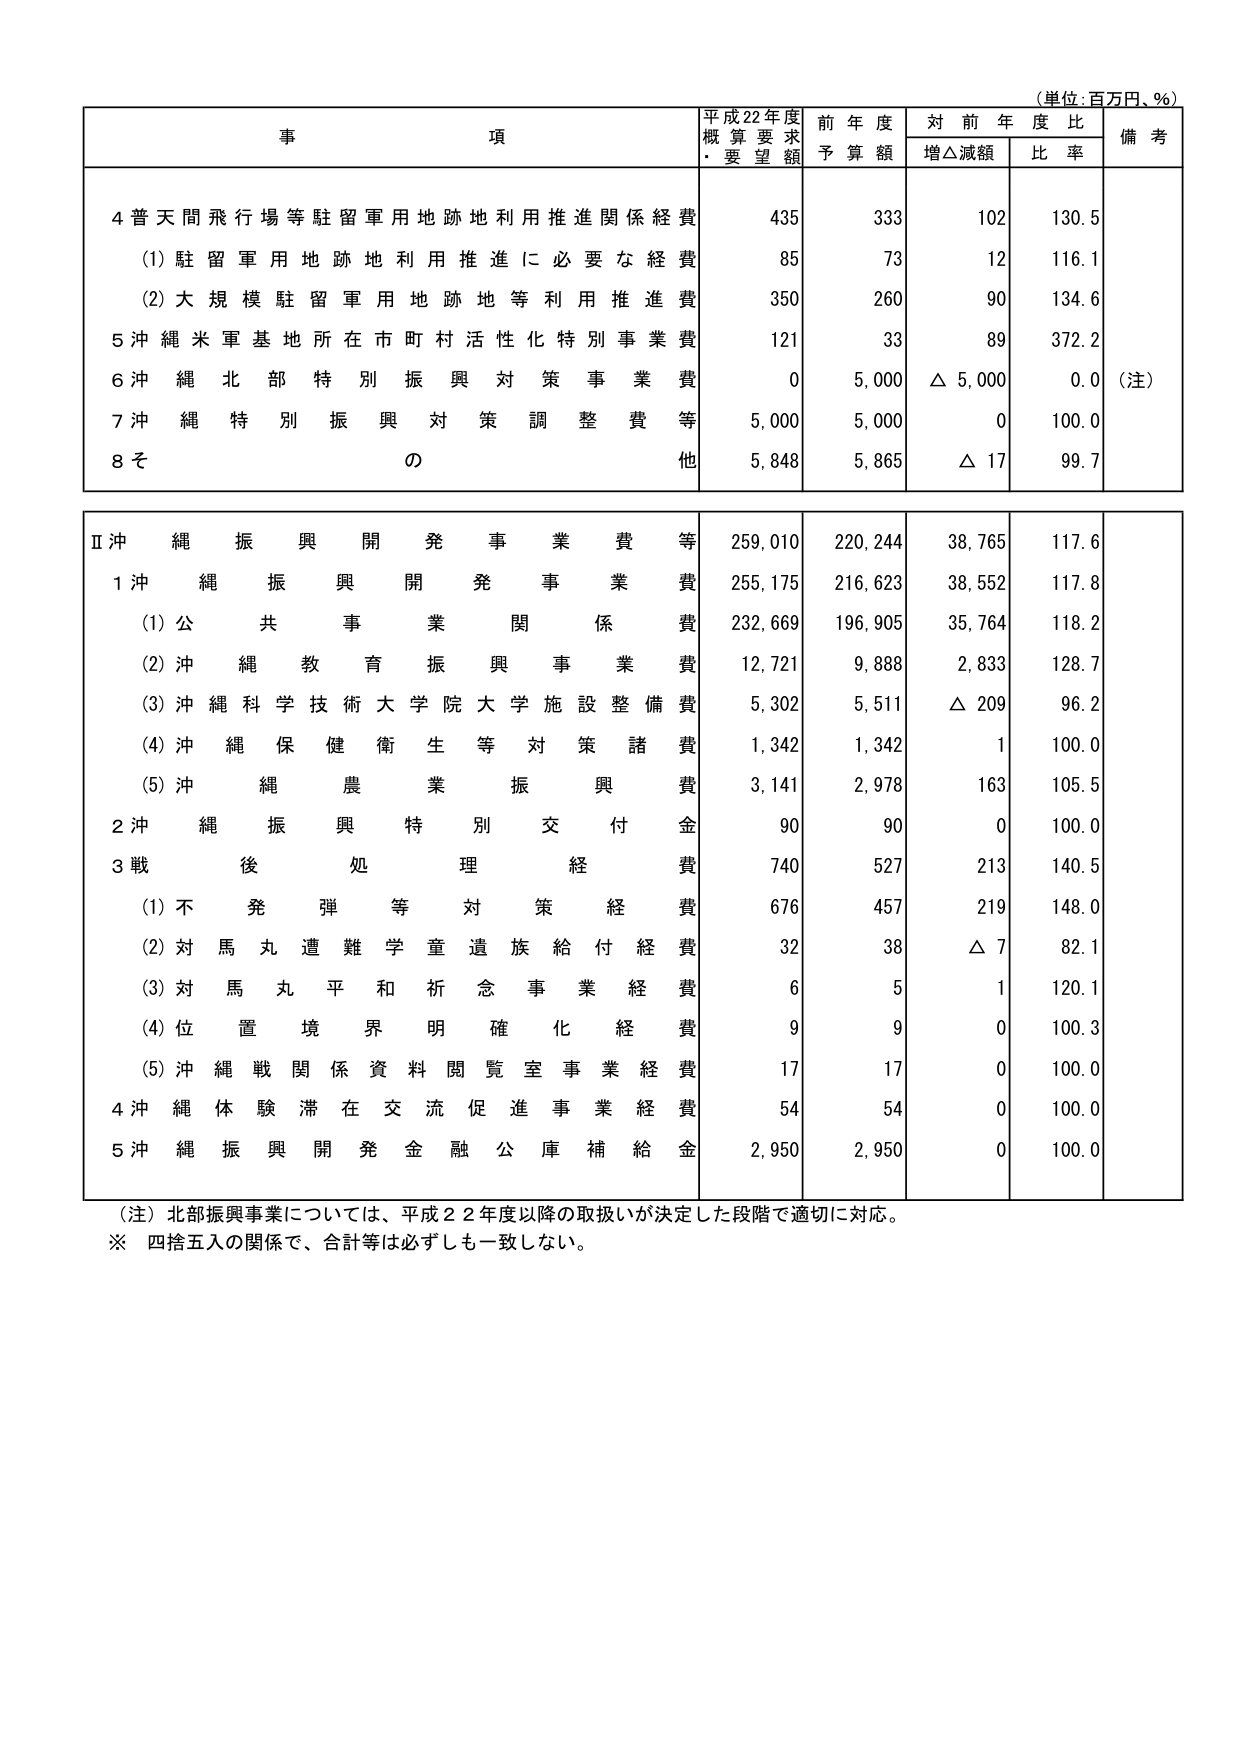
（単位：百万円、％）

事　　項